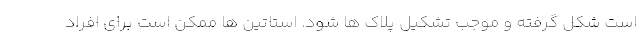
است شکل گرفته و موجب تشکیل پلاک ها شود. استاتین ها ممکن است برای افراد